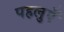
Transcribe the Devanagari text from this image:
पहलुएँ